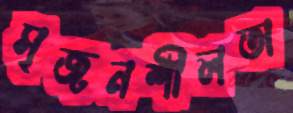
সৃজনশীলতা